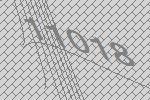
11018